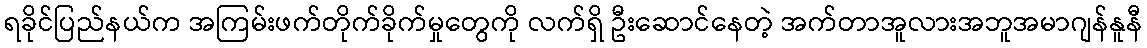
ရခိုင်ပြည်နယ်က အကြမ်းဖက်တိုက်ခိုက်မှုတွေကို လက်ရှိ ဦးဆောင်နေတဲ့ အက်တာအူလားအဘူအမာဂျန်နူနီ